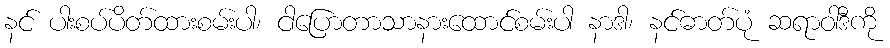
နင် ပါးစပ်ပိတ်ထားစမ်းပါ၊ ငါပြောတာသာနားထောင်စမ်းပါ နာဒါ၊ နင်ဓာတ်ပုံ ဆရာဝါဒီကို